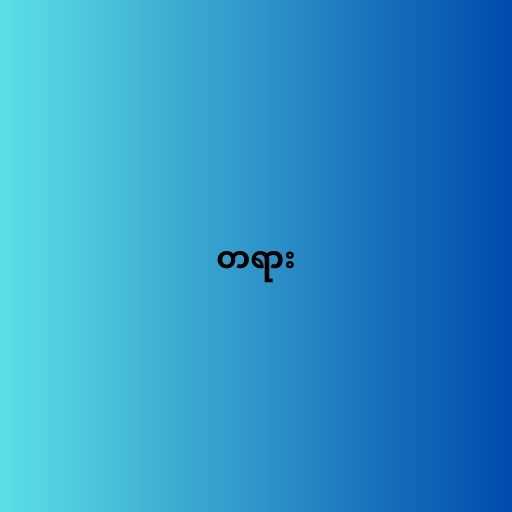
တရား